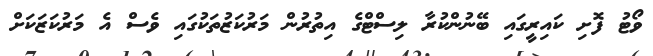
ވޯޓު ފޮށި ކައިރީގައި ބޭނުންކުރާ ލިސްޓްގެ އިތުރުން މަރުކަޒުތަކުގައި ވެސް އެ މަރުކަޒަކަށް